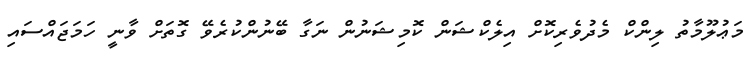
މަޢުލޫމާތު ލިންކް މެދުވެރިކޮށް އިލެކްޝަން ކޮމިޝަނުން ނަގާ ބޭނުންކުރެވޭ ގޮތަށް ވާނީ ހަމަޖައްސައި